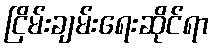
ငြိမ်းချမ်းရေးဆိုင်ရာ